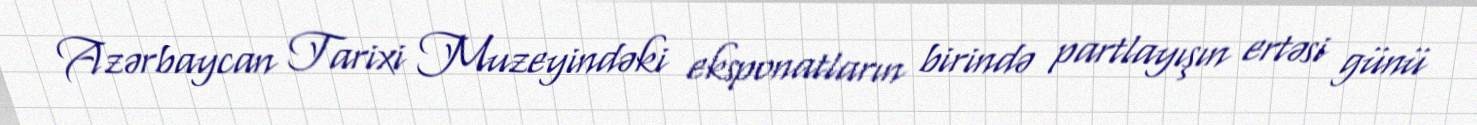
Azərbaycan Tarixi Muzeyindəki eksponatların birində partlayışın ertəsi günü